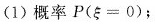
(1)概率P($$\xi = 0$$)；